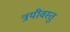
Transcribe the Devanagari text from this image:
त्रयीवस्तु